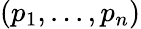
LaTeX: (p_{1},...,p_{n})